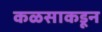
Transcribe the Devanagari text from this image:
कळसाकडून